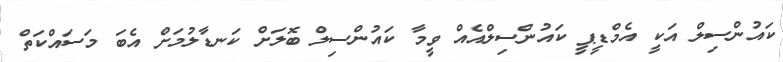
ކައުންސިލް އަކީ އެމްޑީޕީ ކައުންސިލްއެއް ވީމާ ކައުންސިލް ބޮލަށް ކަނޑާލުމަށް އެބަ މަސައްކަތް